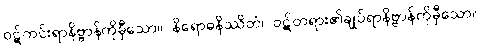
ဝဋ်ကင်းရာနိဗ္ဗာန်ကိုမှီသော။ နိရောဓနိဿိတံ၊ ဝဋ်တရား၏ချုပ်ရာနိဗ္ဗာန်ကိုမှီသော။